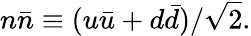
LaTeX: n\bar{n}\equiv(u\bar{u}+d\bar{d})/\sqrt{2}.